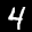
Label: 4